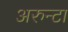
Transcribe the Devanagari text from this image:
अरुन्टा